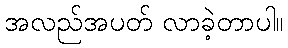
အလည်အပတ် လာခဲ့တာပါ။